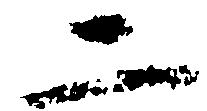
二